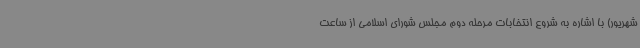
شهریور) با اشاره به شروع انتخابات مرحله دوم مجلس شورای اسلامی از ساعت